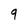
Character: 9